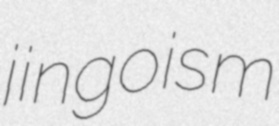
jingoism